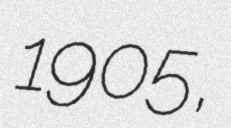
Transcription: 1905,